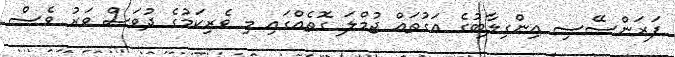
ފަރަންސޭސި އިންގިލާބުގެ އަގުތައް ޖުމްލަ ގޮތެއްގައި މި ވެރިކަމުގެ ދުވަސް ވަރު ވެސް